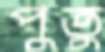
পুতু